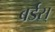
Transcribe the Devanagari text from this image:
बर्डस्